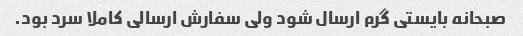
صبحانه بایستی گرم ارسال شود ولی سفارش ارسالی کاملا سرد بود.